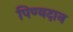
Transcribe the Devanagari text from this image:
पिण्यदान